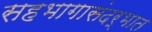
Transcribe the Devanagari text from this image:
सहभागासंदर्भात